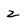
Character: 2